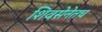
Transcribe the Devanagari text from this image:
शिवसेनेतच